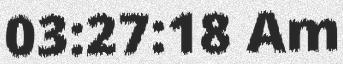
03:27:18 Am